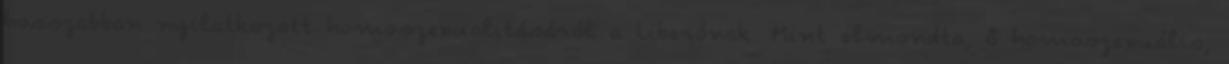
hosszabban nyilatkozott homoszexualitásáról a Liberónak. Mint elmondta, ő homoszexuális,